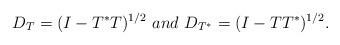
LaTeX: \begin{align*}{D_T}=(I - T^*T)^{1/2} \ and \ {D_{T^*}}=(I - T T^*)^{1/2}. \end{align*}